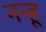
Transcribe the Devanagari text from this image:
नन्हू